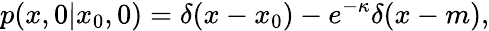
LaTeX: p(x,0|x_{0},0)=\delta(x-x_{0})-e^{-\kappa}\delta(x-m),